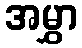
အမွှာ